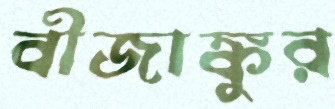
বীজাঙ্কুর